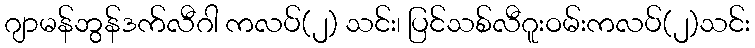
ဂျာမန်ဘွန်ဒက်လီဂါ ကလပ်(၂) သင်း၊ ပြင်သစ်လီဂူးဝမ်းကလပ်(၂)သင်း